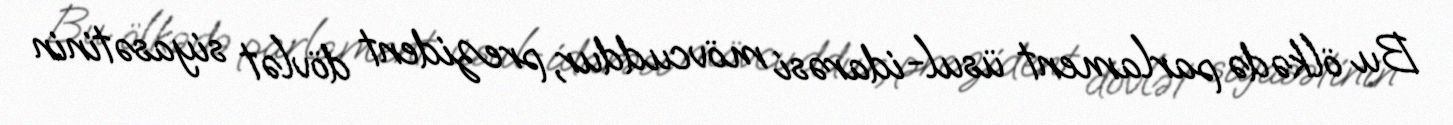
Bu ölkədə parlament üsul-idarəsi mövcuddur, prezident dövlət siyasətinin